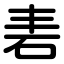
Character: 砉